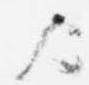
歟